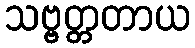
သဗ္ဗတ္တတာယ